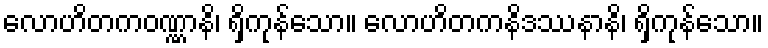
လောဟိတကဝဏ္ဏာနိ၊ ရှိကုန်သော။ လောဟိတကနိဒဿနာနိ၊ ရှိကုန်သော။